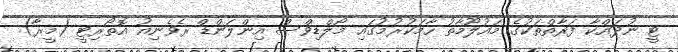
ޓީ ނުދައްކާ ފަރާތްތަކުގެ މައުލޫމާތު ހާމަކުރުމުގައި މޯލްޑިވްސް އިންލަންޑް ރެވެނިއު އޮތޯރިޓީ (މީރާ)